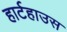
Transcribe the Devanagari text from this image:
हार्टहाउस